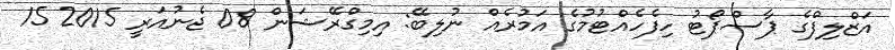
އަޒްލިފްގެ ޕާސްޕޯޓު ހިފެހެއްޓުމުގެ އަމުރެއް ނުލިބޭ: އިމިގްރޭޝަން 08 ޖެނުއަރީ 2015 15